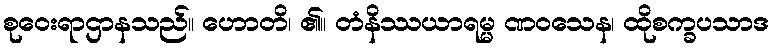
စုဝေးရာဌာနသည်။ ဟောတိ၊ ၏။ တံနိဿယာရမ္မ ဏဝသေန၊ ထိုစက္ခပသာဒ